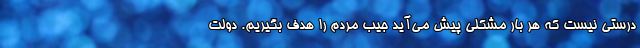
درستی نیست که هر بار مشکلی پیش می‌آید جیب مردم را هدف بگیریم. دولت